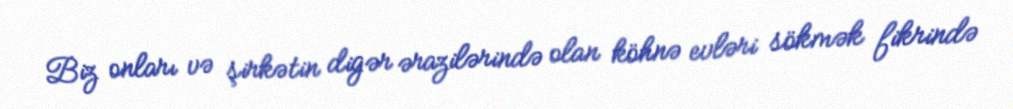
Biz onları və şirkətin digər ərazilərində olan köhnə evləri sökmək fikrində